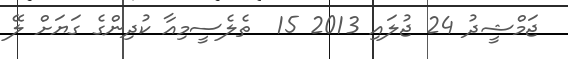
ޖަމްޝީދު 24 ޖުލައި 2013 15  ތެލެސީމިއާ ކުދިންގެ ގަޔަށް ލޭ